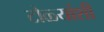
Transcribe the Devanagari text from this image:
टोळ्यांशी